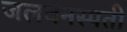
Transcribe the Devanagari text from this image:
जलवनस्पती